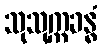
သုသုက္ကခန္ဓံ